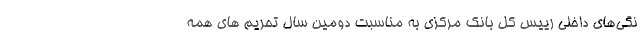
نگی‌های داخلی رییس کل بانک مرکزی به مناسبت دومین سال تحریم های همه